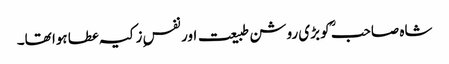
شاہ صاحبؒ کو بڑی روشن طبیعت اور نفسِ زکیہ عطا ہوا تھا۔